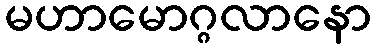
မဟာမောဂ္ဂလာနော